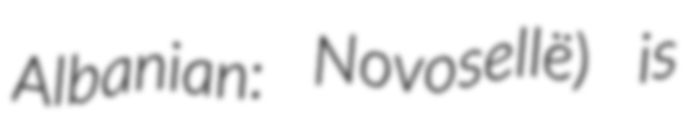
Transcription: Albanian: Novosellë) is